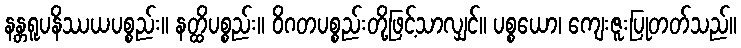
နန္တရူပနိဿယပစ္စည်း။ နတ္ထိပစ္စည်း။ ဝိဂတပစ္စည်းတို့ဖြင့်သာလျှင်။ ပစ္စယော၊ ကျေးဇူးပြုတတ်သည်။